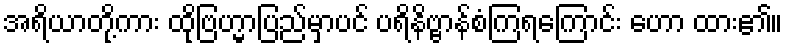
အရိယာတို့ကား ထိုဗြဟ္မာပြည်မှာပင် ပရိနိဗ္ဗာန်စံကြရကြောင်း ဟော ထား၏။